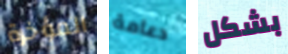
المؤخرة دعامة بشكل